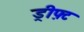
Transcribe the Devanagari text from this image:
ड्रीफ़्ट